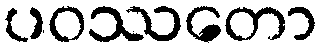
ပဝဿတော